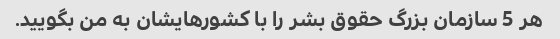
هر 5 سازمان بزرگ حقوق بشر را با کشورهایشان به من بگویید.